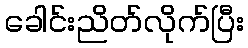
ခေါင်းညိတ်လိုက်ပြီး